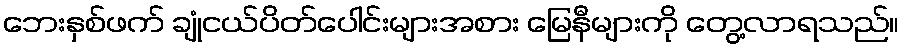
ဘေးနှစ်ဖက် ချုံငယ်ပိတ်ပေါင်းများအစား မြေနီများကို တွေ့လာရသည်။